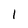
Character: l